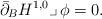
LaTeX: \begin{align*}\bar\partial_BH^{1,0}\lrcorner\,\phi=0.\end{align*}